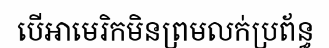
បើអាមេរិកមិនព្រមលក់ប្រព័ន្ធ